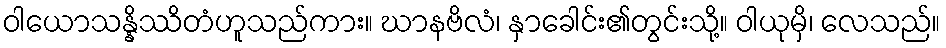
ဝါယောသန္နိဿိတံဟူသည်ကား။ ဃာနဗိလံ၊ နှာခေါင်း၏တွင်းသို့။ ဝါယုမှိ၊ လေသည်။